Leaving Certificate Examination (including Day School Certificate (Higher) General paper), 1931
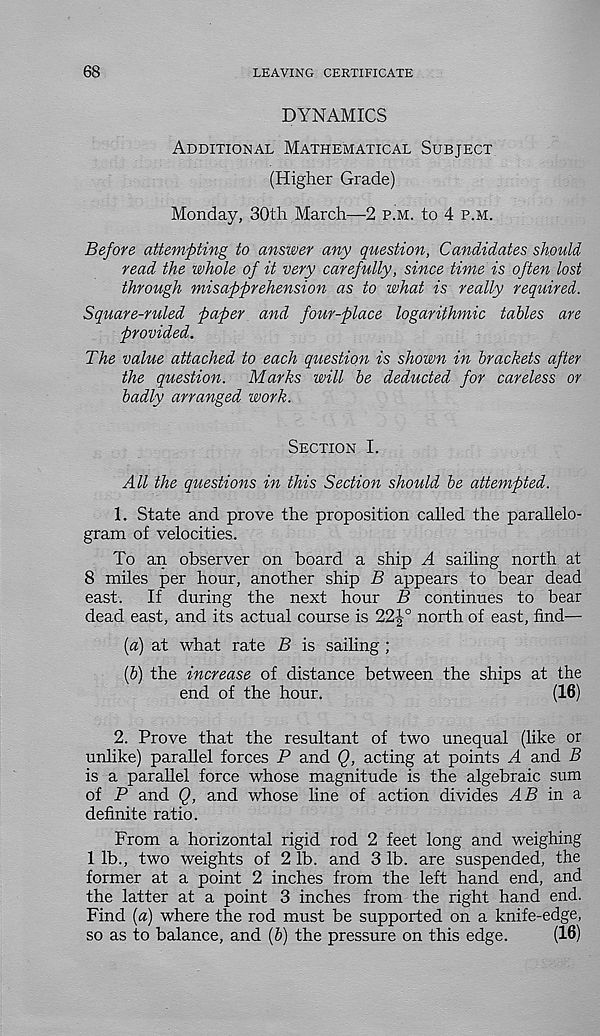
68
LEAVING CERTIFICATE
DYNAMICS
Additional Mathematical Subject
(Higher Grade)
Monday, 30th March—2 p.m. to 4 p.m.
Before attempting to answer any question, Candidates should
read the whole of it very carefully, since time is often lost
through misapprehension as to what is really required.
Square-ruled paper and four-place logarithmic tables are
provided.
The value attached to each question is shown in brackets after
the question. Marks will be deducted for careless or
badly arranged work.
Section I.
All the questions in this Section should be attempted.
1. State and prove the proposition called the parallelo-
gram of velocities.
To an observer on board a ship A sailing north at
8 miles per hour, another ship B appears to bear dead
east.
If during the next hour B continues to bear
dead east, and its actual course is 22J° north of east, find—
(a) at what rate B is sailing ;
(b) the increase of distance between the ships at the
end of the hour.
(16)
2. Prove that the resultant of two unequal (like or
unlike) parallel forces P and Q, acting at points A and B
is a parallel force whose magnitude is the algebraic sum
of P and Q, and whose line of action divides HP in a
definite ratio.
From a horizontal rigid rod 2 feet long and weighing
lib., two weights of 21b. and 31b. are suspended, the
former at a point 2 inches from the left hand end, and
the latter at a point 3 inches from the right hand end.
Find {a) where the rod must be supported on a knife-edge,
so as to balance, and (b) the pressure on this edge.
(16)